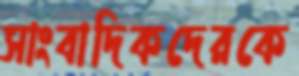
সাংবাদিকদেরকে